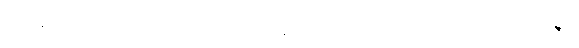
ဘန္တေ၊ မြတ်စွာဘုရား။ ဣဓ၊ ဤသာသနာတော်၌။ ဘဂဝတော၊ မြတ်စွာဘုရား၏။